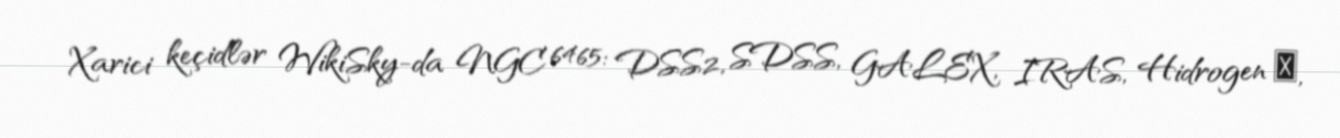
Xarici keçidlər WikiSky-da NGC 6465: DSS2, SDSS, GALEX, IRAS, Hidrogen α,